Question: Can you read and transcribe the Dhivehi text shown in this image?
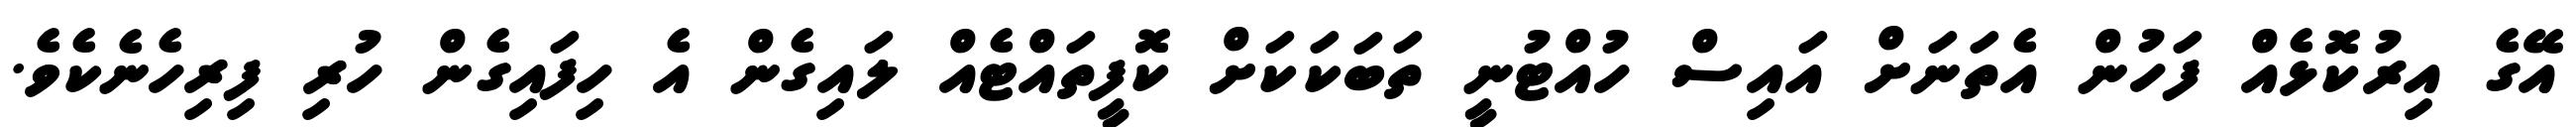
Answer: އޭގެ އިރުކޮޅެއް ފަހުން އެތަނަށް އައިސް ހުއްޓުނީ ތަބަކަކަށް ކޮފީތައްޓެއް ލައިގެން އެ ހިފައިގެން ހުރި ފިރިހެނެކެވެ.